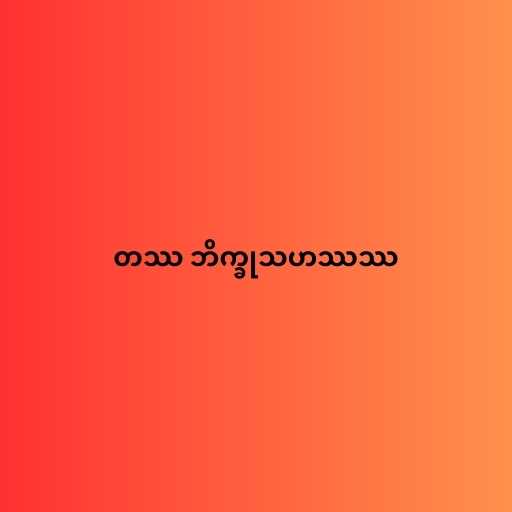
တဿ ဘိက္ခုသဟဿဿ